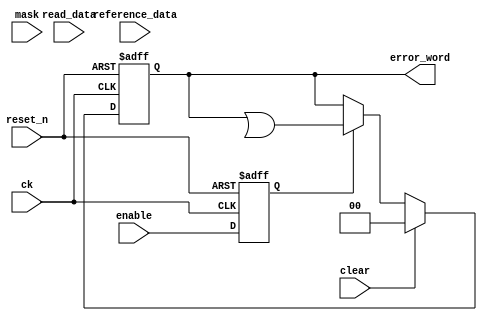
module rw_manager_bitcheck(
	ck,
	reset_n,
	clear,
	enable,
	read_data,
	reference_data,
	mask,
	error_word
);

	parameter DATA_WIDTH 		= "";
	parameter AFI_RATIO		= "";

	localparam NUMBER_OF_WORDS = 2 * AFI_RATIO;
	localparam DATA_BUS_SIZE = DATA_WIDTH * NUMBER_OF_WORDS;

	input ck;
	input reset_n;
	input clear;
	input enable;
	input [DATA_BUS_SIZE - 1 : 0] read_data;
	input [DATA_BUS_SIZE - 1 : 0] reference_data;
	input [NUMBER_OF_WORDS - 1 : 0] mask;
	output [DATA_WIDTH - 1 : 0] error_word;

	reg [DATA_BUS_SIZE - 1 : 0] read_data_r;
	reg [DATA_WIDTH - 1 : 0] error_word;
	reg enable_r;
	wire [DATA_WIDTH - 1 : 0] error_compute;


	always @(posedge ck or negedge reset_n) begin
		if(~reset_n) begin
			error_word <= {DATA_WIDTH{1'b0}};
			read_data_r <= {DATA_BUS_SIZE{1'b0}};
			enable_r <= 1'b0;
		end
		else begin
			if(clear) begin
				error_word <= {DATA_WIDTH{1'b0}};
			end
			else if(enable_r) begin
				error_word <= error_word | error_compute;
			end
			read_data_r <= read_data;
			enable_r <= enable;
		end
	end

	genvar b;
	generate
		for(b = 0; b < DATA_WIDTH; b = b + 1) 
		begin : bit_loop
			if (AFI_RATIO == 4) begin
				assign error_compute[b] = 
					((read_data_r[b] ^ reference_data[b]) & ~mask[0]) |
					((read_data_r[b + DATA_WIDTH] ^ reference_data[b + DATA_WIDTH]) & ~mask[1]) |
					((read_data_r[b + 2 * DATA_WIDTH] ^ reference_data[b + 2 * DATA_WIDTH]) & ~mask[2]) |
					((read_data_r[b + 3 * DATA_WIDTH] ^ reference_data[b + 3 * DATA_WIDTH]) & ~mask[3]) |
					((read_data_r[b + 4 * DATA_WIDTH] ^ reference_data[b + 4 * DATA_WIDTH]) & ~mask[4]) |
					((read_data_r[b + 5 * DATA_WIDTH] ^ reference_data[b + 5 * DATA_WIDTH]) & ~mask[5]) |
					((read_data_r[b + 6 * DATA_WIDTH] ^ reference_data[b + 6 * DATA_WIDTH]) & ~mask[6]) |
					((read_data_r[b + 7 * DATA_WIDTH] ^ reference_data[b + 7 * DATA_WIDTH]) & ~mask[7]);
			end
			else if (AFI_RATIO == 2) begin
				assign error_compute[b] = 
					((read_data_r[b] ^ reference_data[b]) & ~mask[0]) |
					((read_data_r[b + DATA_WIDTH] ^ reference_data[b + DATA_WIDTH]) & ~mask[1]) |
					((read_data_r[b + 2 * DATA_WIDTH] ^ reference_data[b + 2 * DATA_WIDTH])  & ~mask[2])|
					((read_data_r[b + 3 * DATA_WIDTH] ^ reference_data[b + 3 * DATA_WIDTH]) & ~mask[3]);
			end
			else begin
				assign error_compute[b] = 
					((read_data_r[b] ^ reference_data[b]) & ~mask[0]) |
					((read_data_r[b + DATA_WIDTH] ^ reference_data[b + DATA_WIDTH]) & ~mask[1]);
			end
		end
	endgenerate

endmodule